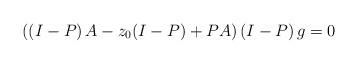
LaTeX: \begin{align*}\left( \left( I-P \right)A-z_{0}(I-P)+PA \right)\left( I-P \right)g=0\end{align*}